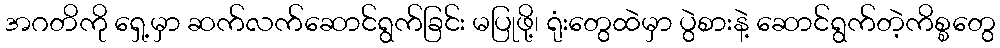
အဂတိကို ရှေ့မှာ ဆက်လက်ဆောင်ရွက်ခြင်း မပြုဖို့၊ ရုံးတွေထဲမှာ ပွဲစားနဲ့ ဆောင်ရွက်တဲ့ကိစ္စတွေ